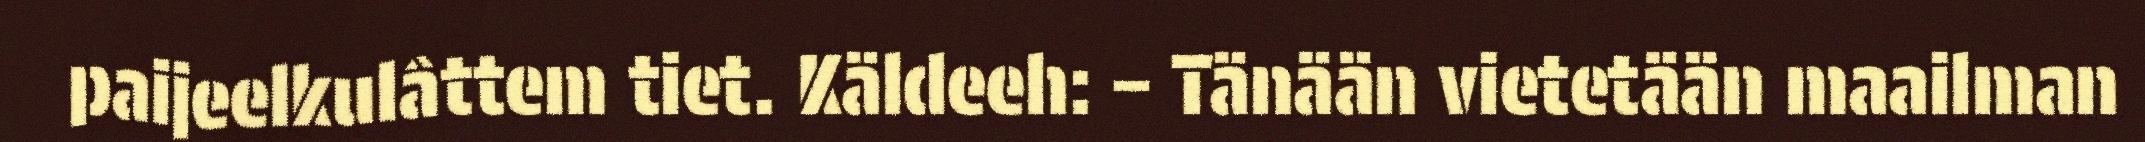
paijeelkulâttem tiet. Käldeeh: – Tänään vietetään maailman